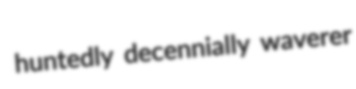
huntedly decennially waverer